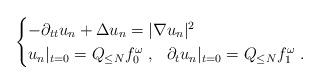
LaTeX: \begin{align*}\begin{cases} -\partial_{tt} u_n + \Delta u_n = |\nabla u_n|^2\\ u_n|_{t=0} = Q_{\leq N} f_0^\omega~,~~\partial_t u_n |_{t=0} = Q_{\leq N} f_1^\omega ~.\end{cases}\end{align*}